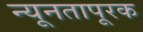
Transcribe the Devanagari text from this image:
न्यूनतापूरक